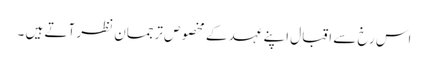
اس رخ سے اقبال اپنے عہد کے مخصوص ترجمان نظر آتے ہیں ۔